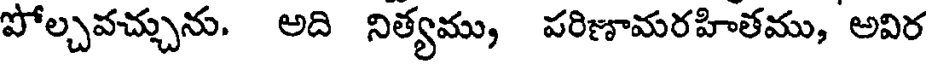
పోల్చవచ్చును. అది నిత్యము, పరిణామరహితము, అవిర